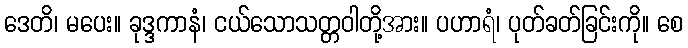
ဒေတိ၊ မပေး။ ခုဒ္ဒကာနံ၊ ငယ်သောသတ္တဝါတို့အား။ ပဟာရံ၊ ပုတ်ခတ်ခြင်းကို။ စေ